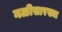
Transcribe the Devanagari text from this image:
नळीसारख्या